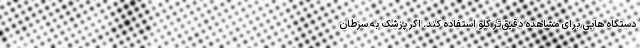
دستگاه هایی برای مشاهده دقیق‌تر گلو استفاده کند. اگر پزشک به سرطان